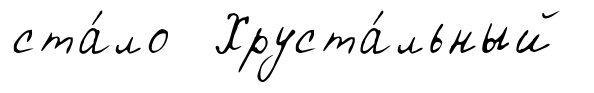
ста́ло Хруста́льный